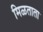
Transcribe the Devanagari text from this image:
मिळताता